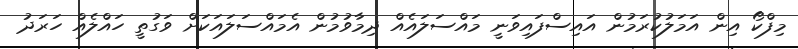
މިފްކޯ އިން އަމަލުކުރަމުން އައިސްފައިވަނީ މައްސަލައެއް ދިމާވުމުން އެމައްސަލައަކަށް ވަގުތީ ހައްލެއް ހަރަދު